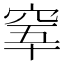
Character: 𥥫